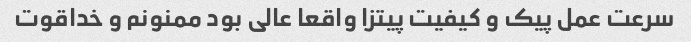
سرعت عمل پیک و کیفیت پیتزا واقعا عالی بود ممنونم و خداقوت